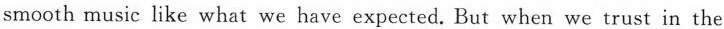
smooth music like what we have expected. But when we trust in the